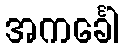
အကင်္ခေါ